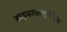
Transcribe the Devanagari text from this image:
हाइपरकाइनेटिक